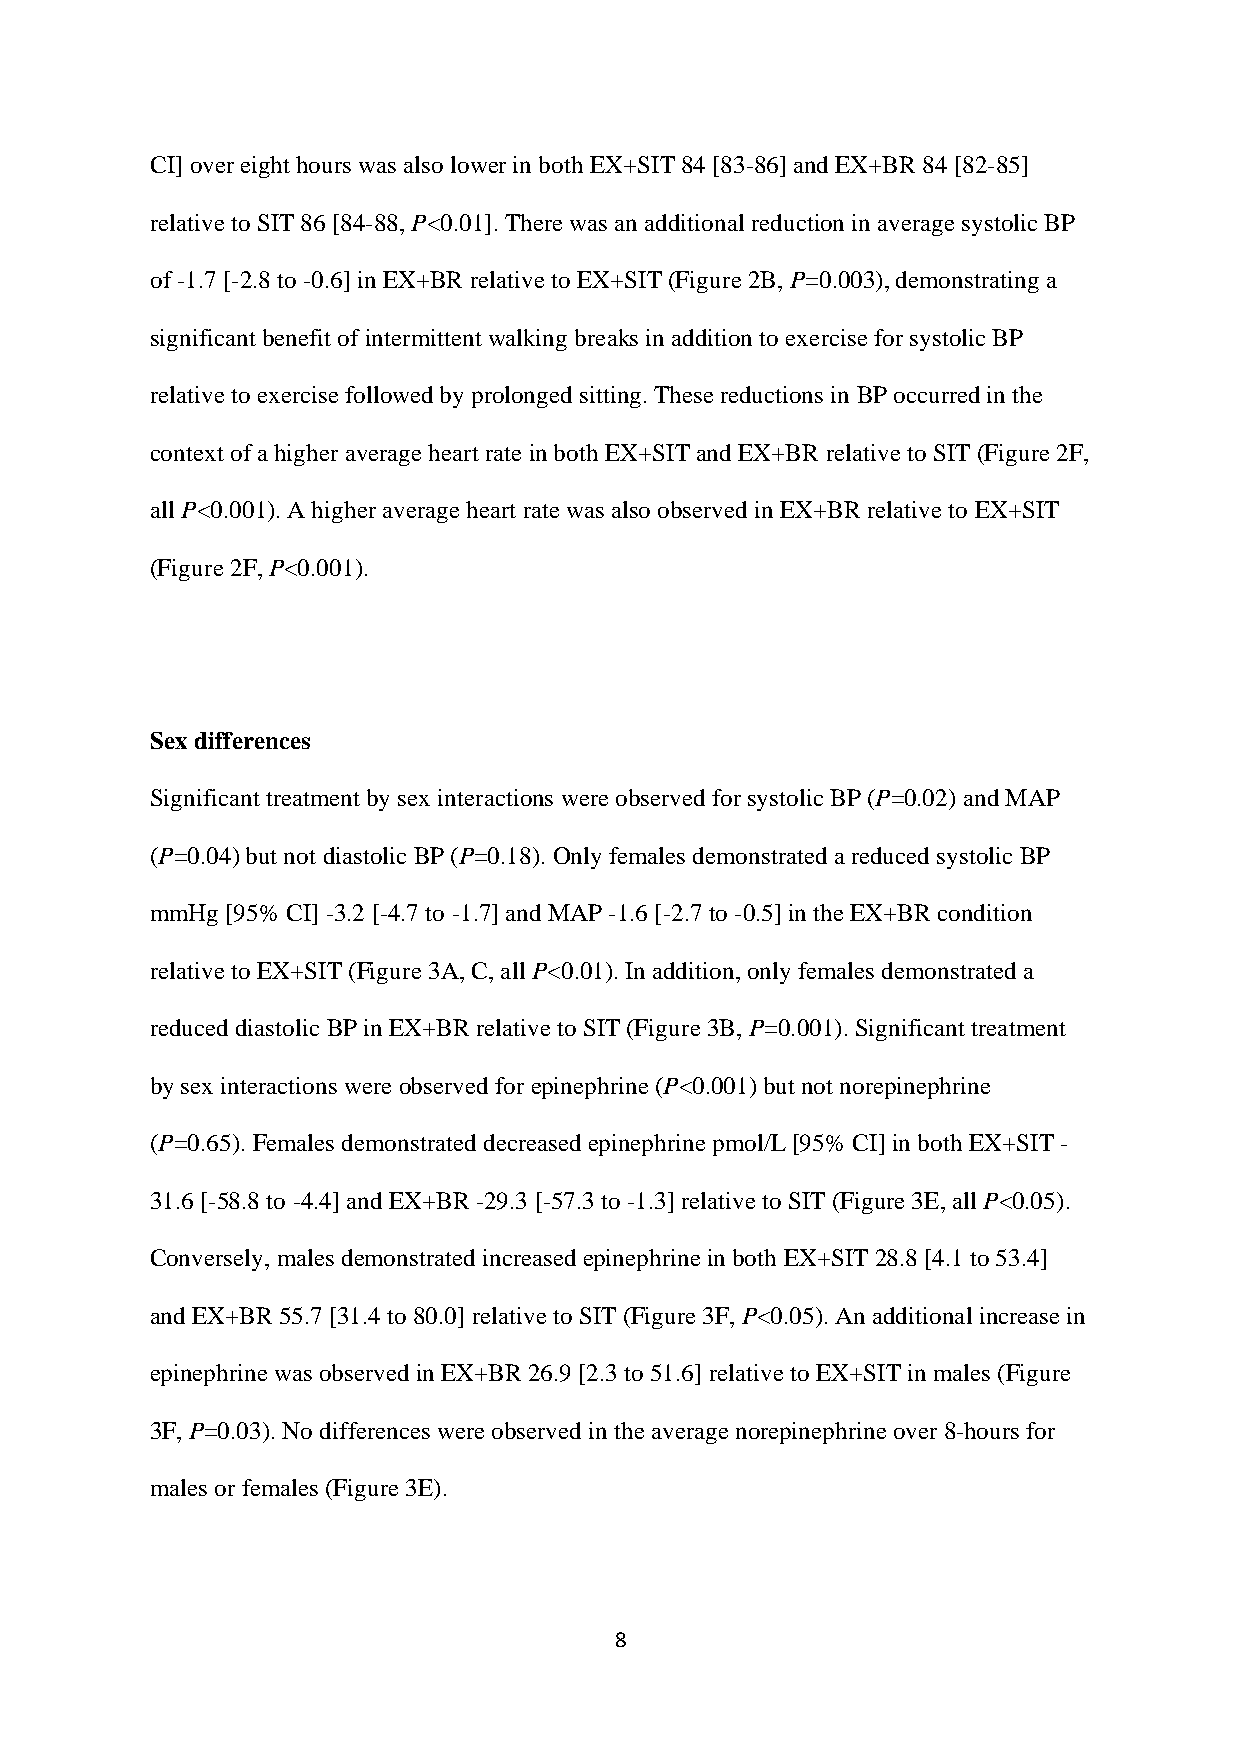
CI] over eight hours was also lower in both EX+SIT 84 [83-86] and EX+BR 84 [82-85]
 relative to SIT 86 [84-88, P<0.01]. There was an additional reduction in average systolic BP
 of -1.7 [-2.8 to -0.6] in EX+BR relative to EX+SIT (Figure 2B, P=0.003), demonstrating a
 significant benefit of intermittent walking breaks in addition to exercise for systolic BP
 relative to exercise followed by prolonged sitting. These reductions in BP occurred in the
 context of a higher average heart rate in both EX+SIT and EX+BR relative to SIT (Figure 2F,
 all P<0.001). A higher average heart rate was also observed in EX+BR relative to EX+SIT
 (Figure 2F, P<0.001).
 Sex differences
 Significant treatment by sex interactions were observed for systolic BP (P=0.02) and MAP
 (P=0.04) but not diastolic BP (P=0.18). Only females demonstrated a reduced systolic BP
 mmHg [95% CI] -3.2 [-4.7 to -1.7] and MAP -1.6 [-2.7 to -0.5] in the EX+BR condition
 relative to EX+SIT (Figure 3A, C, all P<0.01). In addition, only females demonstrated a
 reduced diastolic BP in EX+BR relative to SIT (Figure 3B, P=0.001). Significant treatment
 by sex interactions were observed for epinephrine (P<0.001) but not norepinephrine
 (P=0.65). Females demonstrated decreased epinephrine pmol/L [95% CI] in both EX+SIT -
 31.6 [-58.8 to -4.4] and EX+BR -29.3 [-57.3 to -1.3] relative to SIT (Figure 3E, all P<0.05).
 Conversely, males demonstrated increased epinephrine in both EX+SIT 28.8 [4.1 to 53.4]
 and EX+BR 55.7 [31.4 to 80.0] relative to SIT (Figure 3F, P<0.05). An additional increase in
 epinephrine was observed in EX+BR 26.9 [2.3 to 51.6] relative to EX+SIT in males (Figure
 3F, P=0.03). No differences were observed in the average norepinephrine over 8-hours for
 males or females (Figure 3E).
 8